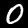
Label: 0